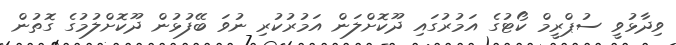
ވިދާޅުވީ ސުޕްރީމް ކޯޓުގެ އަމުރުގައި ދޫކޮށްލަން އަމުރުކުރި ނުވަ ބޭފުޅުން ދޫކޮށްލުމުގެ ގޮތުން